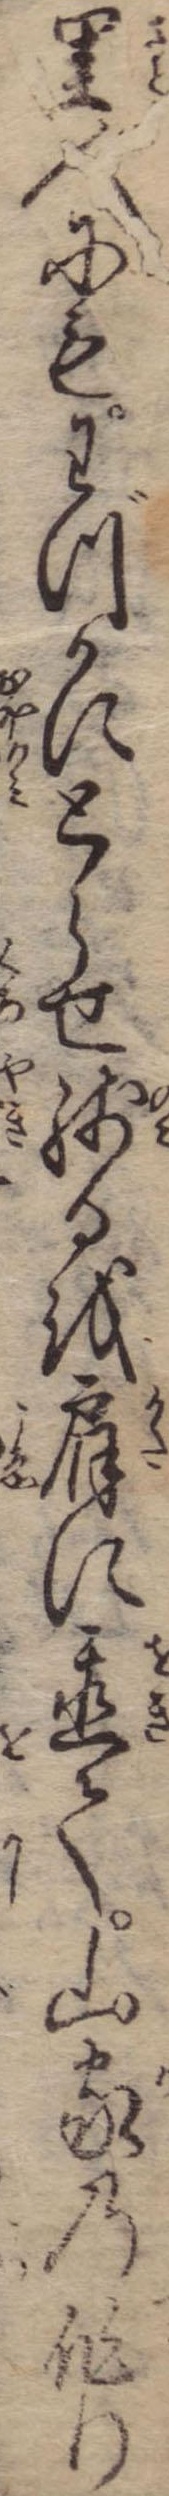
里人にもわづかにとらせ残るを肩に置て山家の作り